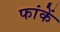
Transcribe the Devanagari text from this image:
फांकें